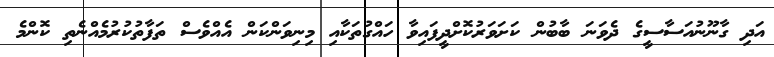
އަދި ގާނޫނުއަސާސީގެ ދެވަނަ ބާބުން ކަށަވަރުކޮށްދީފައިވާ ހައްގުތަކާއި މިނިވަންކަން އެއްވެސް ތަފާތުކުރުމެއްނެތި ކޮންމެ